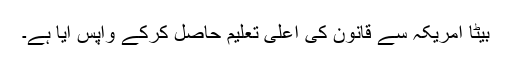
بیٹا امریکہ سے قانون کی اعلیٰ تعلیم حاصل کرکے واپس آیا ہے۔